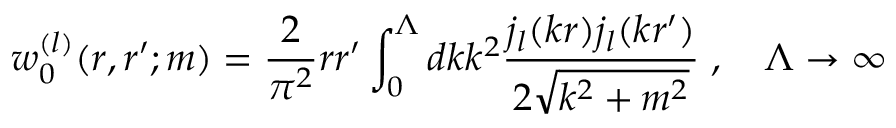
w _ { 0 } ^ { ( l ) } ( r , r ^ { \prime } ; m ) = \frac 2 { \pi ^ { 2 } } r r ^ { \prime } \int _ { 0 } ^ { \Lambda } d k k ^ { 2 } \frac { j _ { l } ( k r ) j _ { l } ( k r ^ { \prime } ) } { 2 \sqrt { k ^ { 2 } + m ^ { 2 } } } \; , \quad \Lambda \to \infty